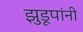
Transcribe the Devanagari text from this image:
झुडूपांनी